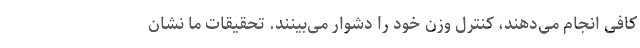
کافی انجام می‌دهند، کنترل وزن خود را دشوار می‌بینند. تحقیقات ما نشان